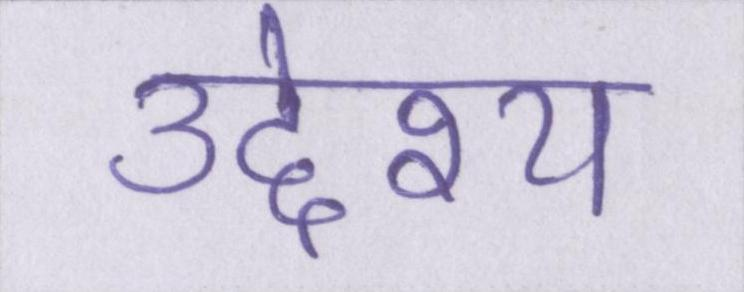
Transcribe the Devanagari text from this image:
उद्देश्य